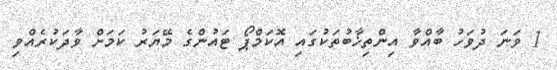
1 ވަނަ ދުވަހު ބާއްވާ އިންތިޚާބުތަކުގައި އޮކަމްޕޯ ޓައުންގެ މޭޔަރު ކަމަށް ވާދަކުރެއްވި